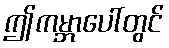
ဤကမ္ဘာပေါ်တွင်